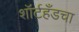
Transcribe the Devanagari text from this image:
शॉर्टहँडचा